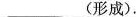
___(形成).